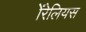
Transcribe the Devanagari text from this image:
ॲरेलियस